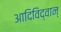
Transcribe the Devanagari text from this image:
आदिविद्वान्‌